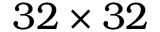
3 2 \times 3 2